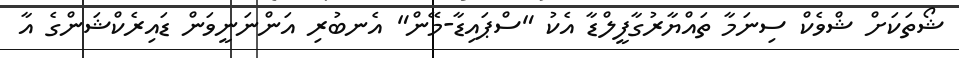
ޝޯތަކަށް ޝްވެކް ސިނަމާ ތައްޔާރުގާފީލްޑާ އެކު "ސްޕައިޑާ-މޭން" އެނބުރި އަންނަނީވަން ޑައިރެކްޝަންގެ އާ